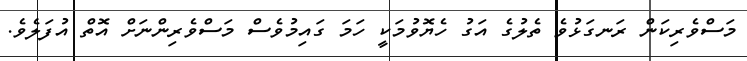
މަސްވެރިކަން ރަނގަޅުވެ ތެލުގެ އަގު ހެޔޮވުމަކީ ހަމަ ގައިމުވެސް މަސްވެރިންނަށް އޮތް އުފަލެވެ.